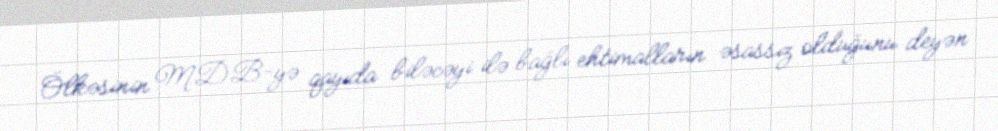
Ölkəsinin MDB-yə qayıda biləcəyi ilə bağlı ehtimalların əsassız olduğunu deyən